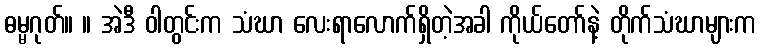
ဓမ္မဂုတ်။ ။ အဲဒီ ဝါတွင်းက သံဃာ လေးရာလောက်ရှိတဲ့အခါ ကိုယ်တော်နဲ့ တိုက်သံဃာများက